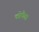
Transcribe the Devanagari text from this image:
कोपैबा